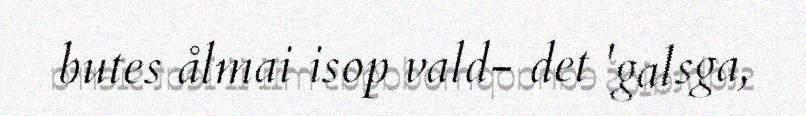
butes ålmai isop vald- det 'galsga,